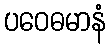
ပဝေဓမာနံ